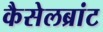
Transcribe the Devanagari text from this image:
कैसेलब्रांट